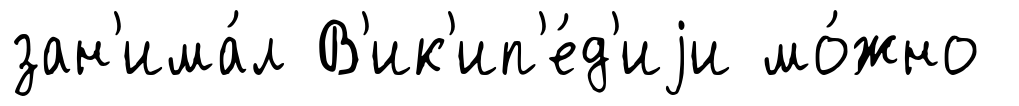
зан'има́л В'ик'ип'е́д'иjи мо́жно